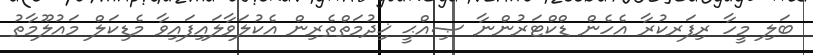
ބަލި މީހާ ރިފަރކުރާ އެހެން ޑްކްޓަރުންނާ ޞިއްޙީ ޚިދުމަތްތެރިން އެކުލަވާލައިފައިވާ މެޑިކަލް މައުލޫމާތު